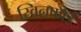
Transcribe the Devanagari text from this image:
स्विनफोर्ड